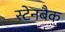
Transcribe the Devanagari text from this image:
स्टेनबैक